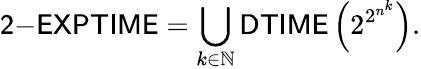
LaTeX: {\mathsf{2{\mathrm{-}}EXPTIME}}=\bigcup_{k\in\mathbb{N}}{\mathsf{DTIME}}\left(2^{2^{n^{k}}}\right).